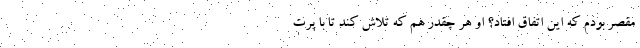
مقصر بودم که این اتفاق افتاد؟ او هر چقدر هم که تلاش کند تا با پرت